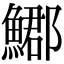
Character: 𩺐